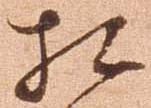
相